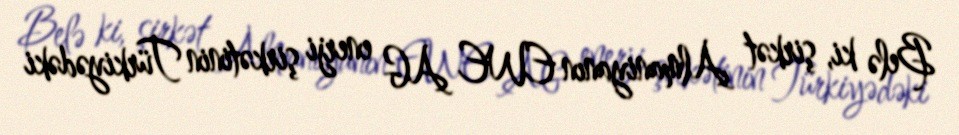
Belə ki, şirkət Almaniyanın EWE AG enerji şirkətinin Türkiyədəki